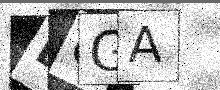
Text: LQGA